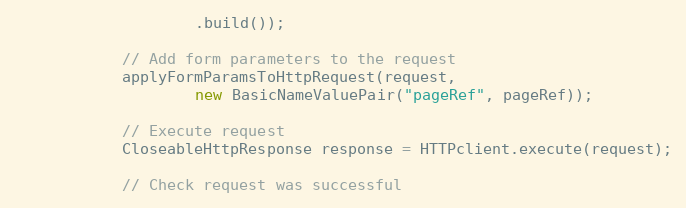
Language: Java
                    .build());

            // Add form parameters to the request
            applyFormParamsToHttpRequest(request,
                    new BasicNameValuePair("pageRef", pageRef));

            // Execute request
            CloseableHttpResponse response = HTTPclient.execute(request);

            // Check request was successful